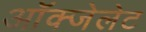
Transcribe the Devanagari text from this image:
ऑक्‍जेलेट